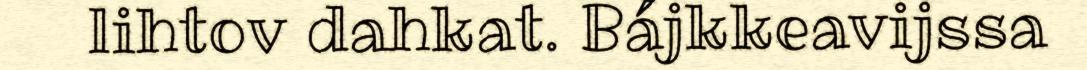
lihtov dahkat. Bájkkeavijssa